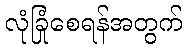
လုံခြုံစေရန်အတွက်